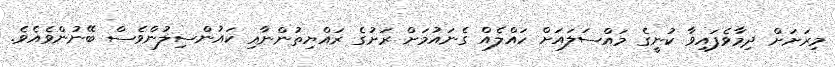
މިރަށަށް ދިމާވެފައިވާ ކުނީގެ މައްސަލައަށް ހައްލެއް ގެނައުމަށް ރަށުގެ ރައްޔިތުންނާއި ކައުންސިލުންވެސް ބޭނުންވެއެވެ.